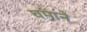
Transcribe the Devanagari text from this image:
घमाने